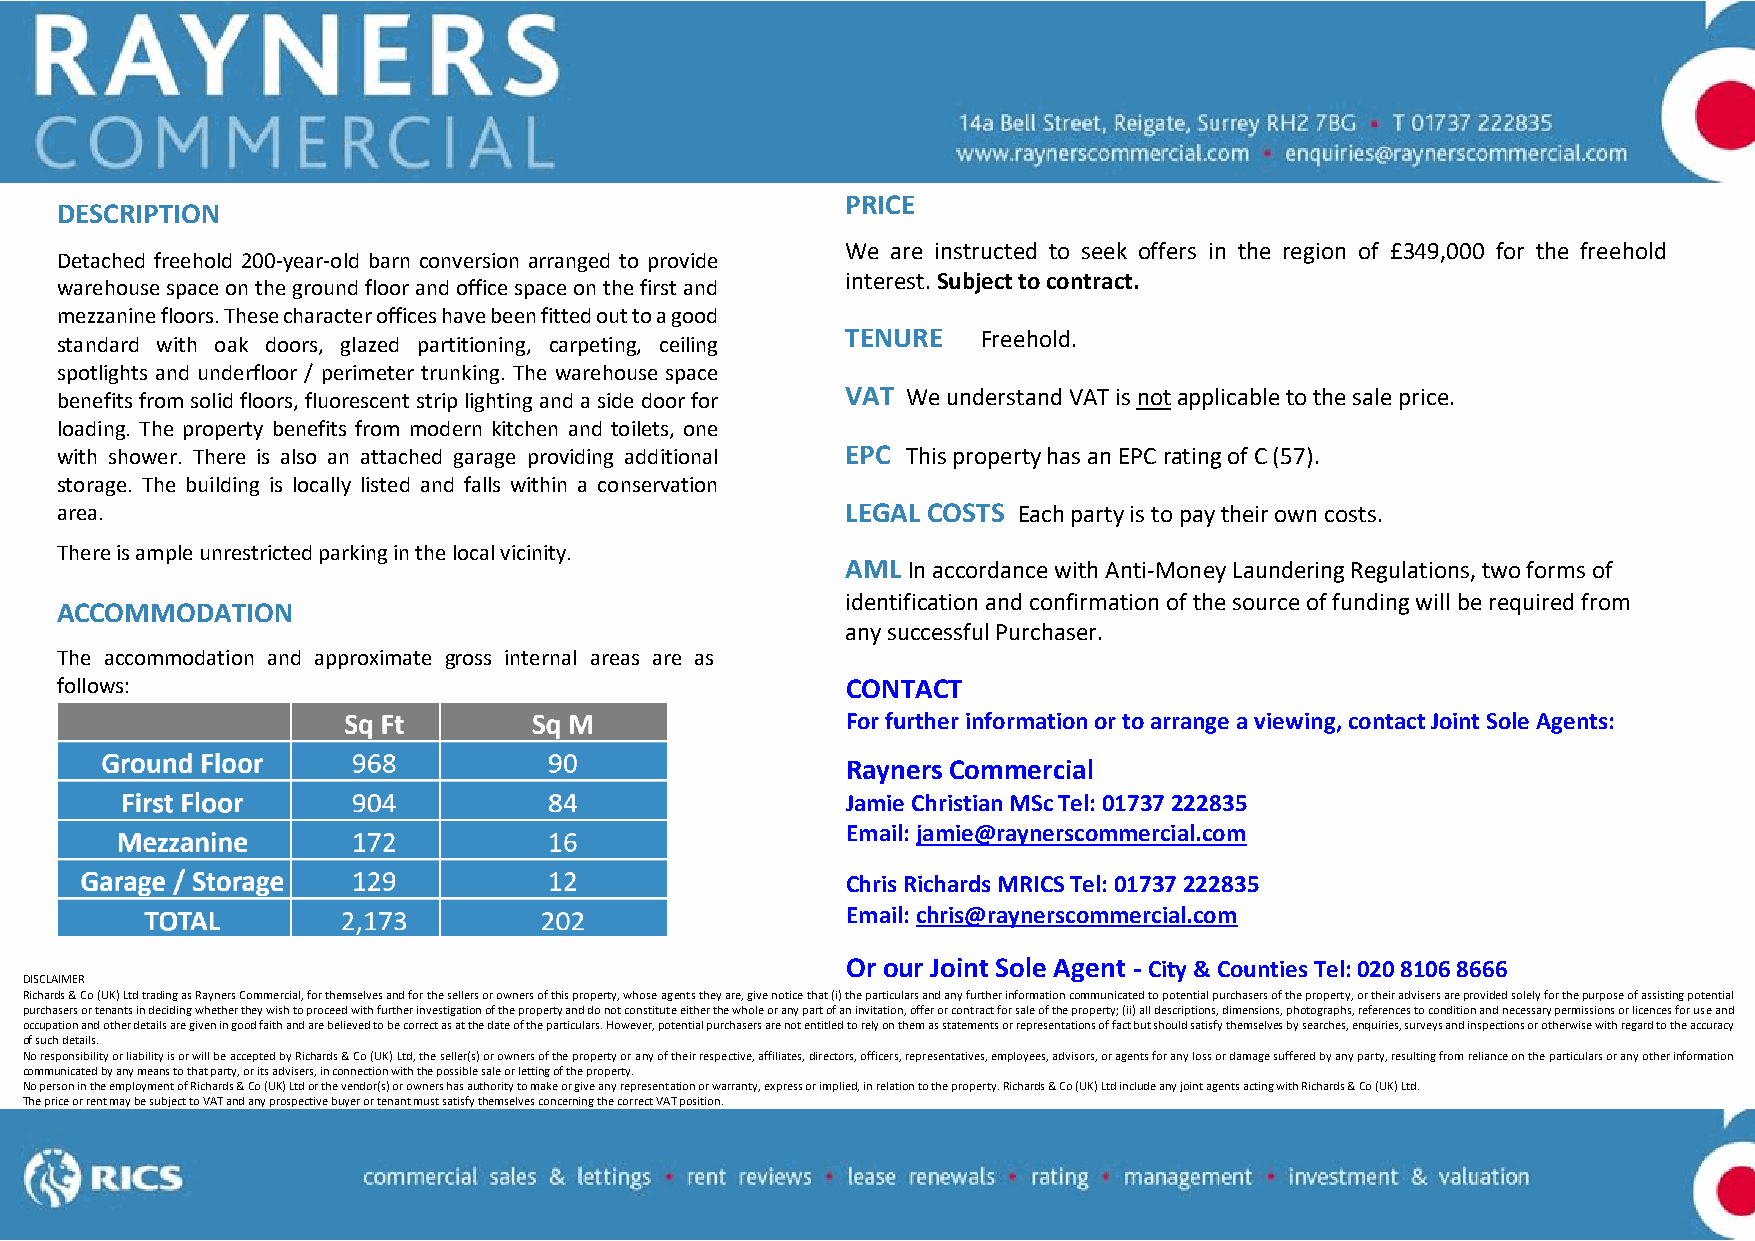
PRICE
 DESCRIPTION
 We are instructed to seek offers in the region of £349,000 for the freehold
 Detached freehold 200-year-old barn conversion arranged to provide
 interest. Subject to contract.
 warehouse space on the ground floor and office space on the first and
 mezzanine floors. These character offices have been fitted out to a good
 TENURE   Freehold.
 standard with oak doors, glazed partitioning, carpeting, ceiling
 spotlights and underfloor / perimeter trunking. The warehouse space
 benefits from solid floors, fluorescent strip lighting and a side door for VAT We understand VAT is not applicable to the sale price.
 loading. The property benefits from modern kitchen and toilets, one
 with shower. There is also an attached garage providing additional EPC This property has an EPC rating of C (57).
 storage. The building is locally listed and falls within a conservation
 area.                                               LEGAL COSTS Each party is to pay their own costs.
 There is ample unrestricted parking in the local vicinity.
 AML In accordance with Anti-Money Laundering Regulations, two forms of
 identification and confirmation of the source of funding will be required from
 ACCOMMODATION
 any successful Purchaser.
 The accommodation and approximate gross internal areas are as
 follows:                                            CONTACT
 For further information or to arrange a viewing, contact Joint Sole Agents:
 Rayners Commercial
 Jamie Christian MSc Tel: 01737 222835
 Email: jamie@raynerscommercial.com
 Chris Richards MRICS Tel: 01737 222835
 Email: chris@raynerscommercial.com
 Or our Joint Sole Agent - City & Counties Tel: 020 8106 8666
 DISCLAIMER
 Richards & Co (UK) Ltd tr ading as Rayners Commercial, for themselves and for the sellers or owners of this property, whose agents they are, give notice that (i) t he particulars and any further information communicated to potential purchasers of the property, or their advisers are provided solely for the purpose of assisting potential
 purchasers or tenants in deciding whether they wish to proceed with further investigation of the property and do not constitute either the whole or any part of an invitation, offer or contract for sale of the property; (ii) all descriptions, dimensions, photographs, references to condition and necessary permissions or licences for use and
 occupation and other det ails are given in good faith and are believed to be correct as at the date of the particulars. However, potential purchasers are not entitled to rely on them as statements or representations of fact but should satisfy themselves by searches, enquiries, surveys and inspections or otherwise with regard to the accuracy
 of such details.
 No responsibility or liabil ity is or will be accepted by Richards & Co (UK) Ltd, the seller(s) or owners of the property or any of their respective, affiliates, directors, officers, representatives, employees, advisors, or agents for any loss or damage suffered by any party, resulting from reliance on the particulars or any other information
 communicated by any means to that party, or its advisers, in connection with the possible sale or letting of the property.
 No person in the employm ent of Richards & Co (UK) Ltd or the vendor(s) or owners has authority to make or give any representation or warranty, express or implied, in relation to the property. Richards & Co (UK) Ltd include any joint agents acting with Richards & Co (UK) Ltd.
 The price or rent may be subject to VAT and any prospective buyer or tenant must satisfy themselves concerning the correct VAT position.